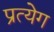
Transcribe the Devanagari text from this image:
प्रत्येग